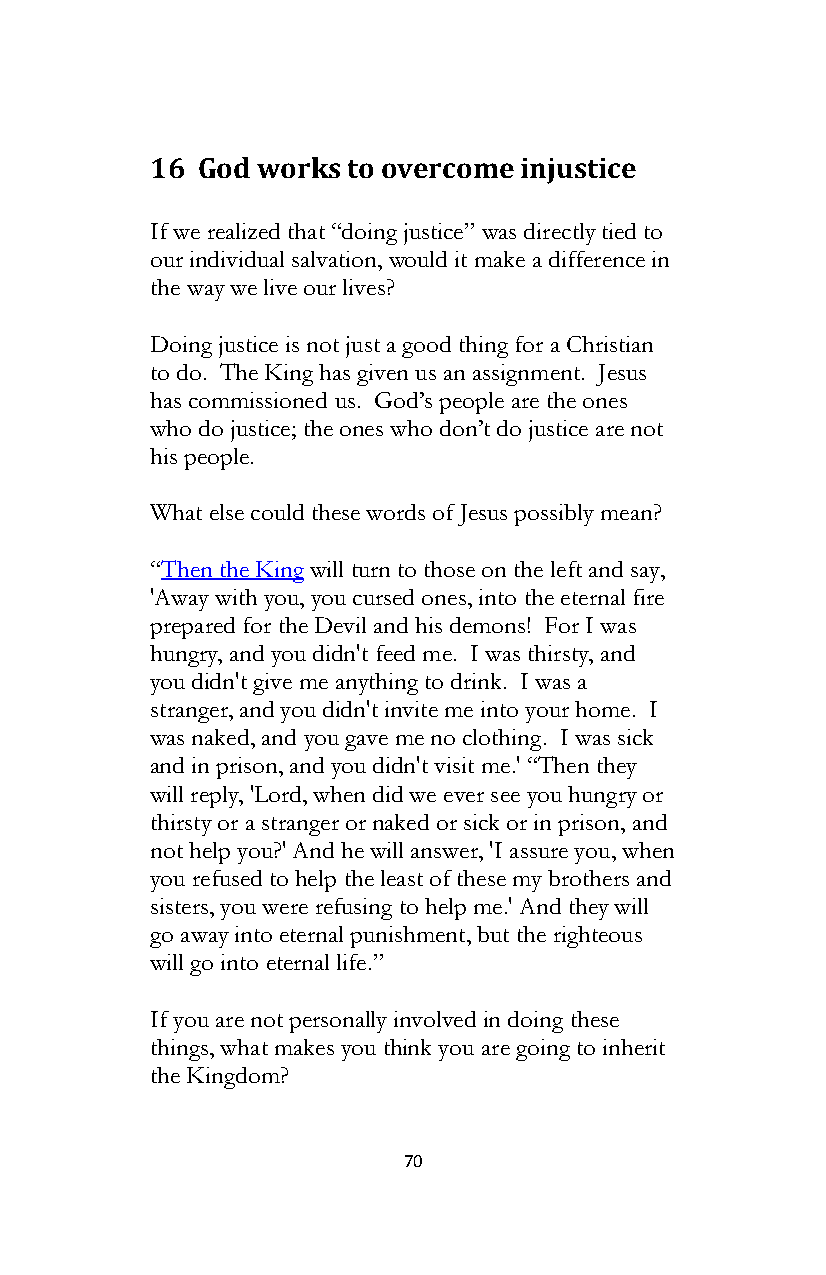
16 God works to overcome injustice
 If we realized that “doing justice” was directly tied to
 our individual salvation, would it make a difference in
 the way we live our lives?
 Doing justice is not just a good thing for a Christian
 to do. The King has given us an assignment. Jesus
 has commissioned us. God’s people are the ones
 who do justice; the ones who don’t do justice are not
 his people.
 What else could these words of Jesus possibly mean?
 “Then the King will turn to those on the left and say,
 'Away with you, you cursed ones, into the eternal fire
 prepared for the Devil and his demons! For I was
 hungry, and you didn't feed me. I was thirsty, and
 you didn't give me anything to drink. I was a
 stranger, and you didn't invite me into your home. I
 was naked, and you gave me no clothing. I was sick
 and in prison, and you didn't visit me.' “Then they
 will reply, 'Lord, when did we ever see you hungry or
 thirsty or a stranger or naked or sick or in prison, and
 not help you?' And he will answer, 'I assure you, when
 you refused to help the least of these my brothers and
 sisters, you were refusing to help me.' And they will
 go away into eternal punishment, but the righteous
 will go into eternal life.”
 If you are not personally involved in doing these
 things, what makes you think you are going to inherit
 the Kingdom?
 70